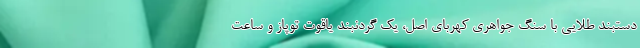
دستبند طلایی با سنگ جواهری کهربای اصل، یک گردنبند یاقوت توپاز و ساعت